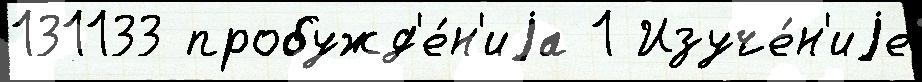
131133 пробужд'е́н'иjа 1 Изуче́н'иjе